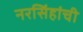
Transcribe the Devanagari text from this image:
नरसिंहांची